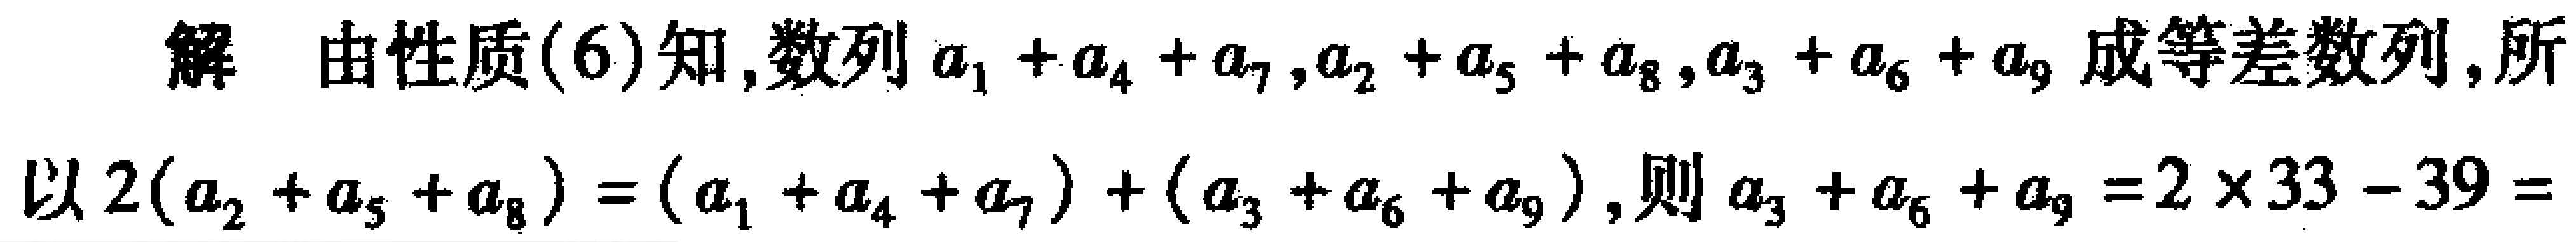
解 由性质(6)知,数列\(a_{1}+a_{4}+a_{7},a_{2}+a_{5}+a_{8},a_{3}+a_{6}+a_{9}\)成等差数列,所以\(2(a_{2}+a_{5}+a_{8})=(a_{1}+a_{4}+a_{7})+(a_{3}+a_{6}+a_{9})\),则\(a_{3}+a_{6}+a_{9}=2\times33 - 39=\)